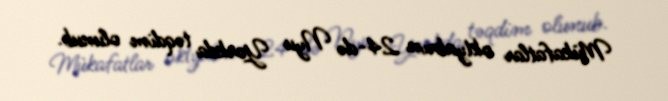
Mükafatlar oktyabrın 24-də Nyu Yorkda təqdim olunub.